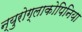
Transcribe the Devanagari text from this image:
न्युरोग्लाकोपिनिया